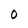
Character: O